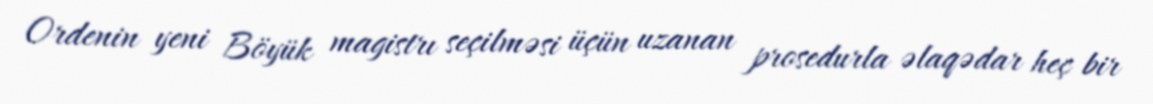
Ordenin yeni Böyük magistrı seçilməsi üçün uzanan prosedurla əlaqədar heç bir